Scientific memoirs by medical officers of the Army of India - Part IV,
Year: 1889
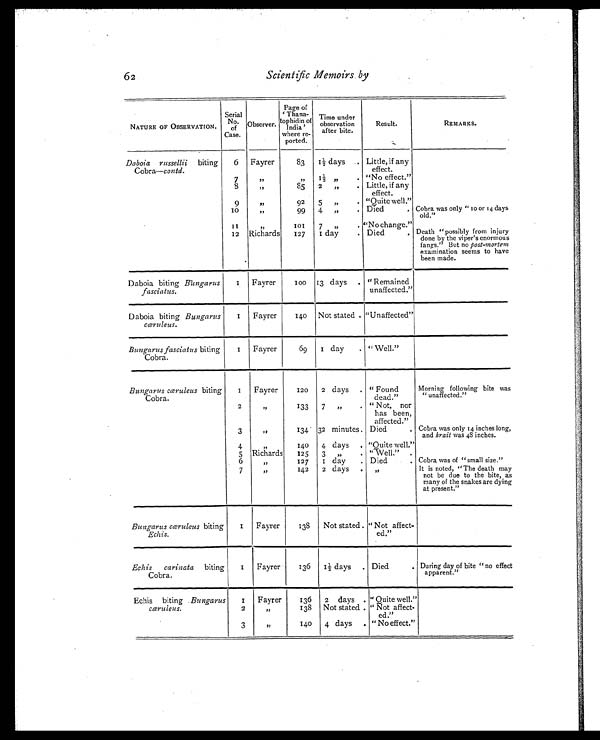
6 2 Scientific Memoirs by
NATURE OF OBSERVATION.
Serial
No. o
f
Case.
Observer.
Page of
'Thana-
tophidin of
India'
where re-
ported.
Time under
observation
after bite .
Result.
REMARKS.
Daboia russellii biting
Cobra—contd.
6
Fayrer
83
1½ days . Little, if any
effect.
7
, ,
„
1½ „
. "No effect."
8
, ,
85
2
„
. Little, if any
effect.
9
, ,
92
5
,,
. "Quite well."
10
, ,
99
4
,,
. Died
. Cobra was only " 10 or 14 days
old."
1 1
„
1 0 1
7
„
. "No change.”
12 Ricards
127
1 day
. Died
. Death "possibly from injury
done by the viper's enormous
fangs." But no post-mortem
examination seems to have
been made.
Daboia biting Bungarus
fasciatus.
1
Fayrer
100 13 days
. "Remained
unaffected."
Daboia biting Bungarus
cæruleus.
1
Fayrer
140
Not stated . "Unaffected"
Bungarus fasciatus biting
Cobra.
1
Fayrer
69
1 day
. " Well."
Bungarus cæruleus biting
Cobra.
1
Fayrer
120
2 days
. " Found
dead."
Morning following bite was
" unaffected."
2
, ,
133
7
,,
. " Not, nor
has been,
affected."
3
,,
134 32 minutes . Died
. Cobra was only 14 inches long,
and krait was 48 inches.
4
, ,
140
4 days
. "Quite well."
5 Richards
125
3
„ .
"Well."
.
6
, ,
127
1 day .
Died
. Cobra was of "small size."
7
,,
142
2 days .
,,
It is noted, "The death may
not be clue to the bite, as
many of the snakes are dying
at present."
Bungarus cæruleus biting
Echis.
1
Fayrer
138
Not stated "Not affect-
ed."
Echis
carinata biting
Cobra.
1
Fayrer
136
1½ days
Died
. During dayof bite " no effect
apparent."
Echis biting Bungarus
1 Fayrer
136
2 days .
" Quite well."
cæruleus.
2
, ,
138
Not stated " Not affect-
ed."
3
, ,
140
4 days
" No effect."